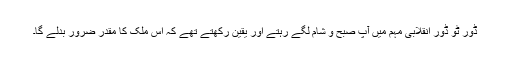
ڈور ٹو ڈور انقلابی مہم میں آپ صبح و شام لگے رہتے اور یقین رکھتے تھے کہ اس ملک کا مقدر ضرور بدلے گا۔